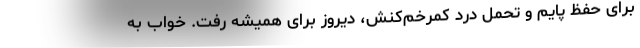
برای حفظ پایم و تحمل درد کمرخم‌کنش، دیروز برای همیشه رفت. خواب به